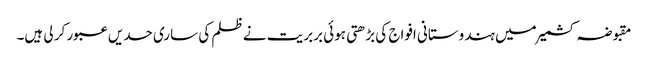
مقبوضہ کشمیر میں ہندوستانی افواج کی بڑھتی ہوئی بربریت نے ظلم کی ساری حدیں عبور کر لی ہیں۔